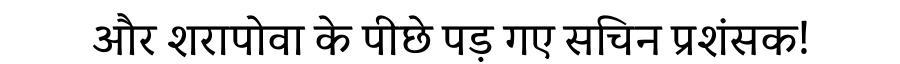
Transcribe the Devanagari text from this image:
और शरापोवा के पीछे पड़ गए सचिन प्रशंसक!